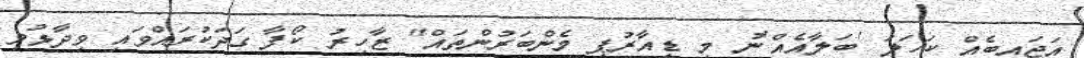
އަޖައިބެއް ކަހަލަ 'ބަލާއެއް'ނު މި ޑީއާރުޕީ މެންބަރުންތައް" ޒާހިރު ކޯފާ ގަދަކުރައްވައި ވިދާޅުވި